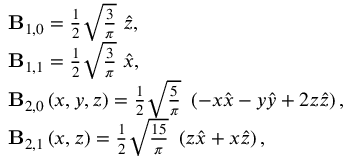
\begin{array} { r l } & { \mathbf { B } _ { 1 , 0 } = \frac { 1 } { 2 } \sqrt { \frac { 3 } { \pi } } \ \boldsymbol { \hat { z } } , } \\ & { \mathbf { B } _ { 1 , 1 } = \frac { 1 } { 2 } \sqrt { \frac { 3 } { \pi } } \ \boldsymbol { \hat { x } } , } \\ & { \mathbf { B } _ { 2 , 0 } \left( x , y , z \right) = \frac { 1 } { 2 } \sqrt { \frac { 5 } { \pi } } \ \left( - x \boldsymbol { \hat { x } } - y \boldsymbol { \hat { y } } + 2 z \boldsymbol { \hat { z } } \right) , } \\ & { \mathbf { B } _ { 2 , 1 } \left( x , z \right) = \frac { 1 } { 2 } \sqrt { \frac { 1 5 } { \pi } } \ \left( z \boldsymbol { \hat { x } } + x \boldsymbol { \hat { z } } \right) , } \end{array}